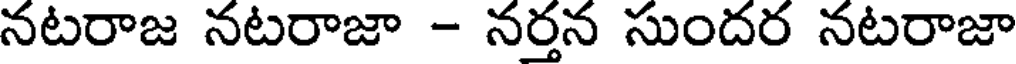
నటరాజ నటరాజా - నర్తన సుందర నటరాజా